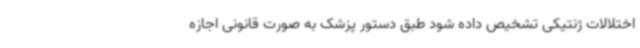
اختلالات ژنتیکی تشخیص داده شود طبق دستور پزشک به صورت قانونی اجازه